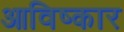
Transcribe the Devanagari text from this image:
आविष्‍कार